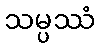
သမ္ပဿံ